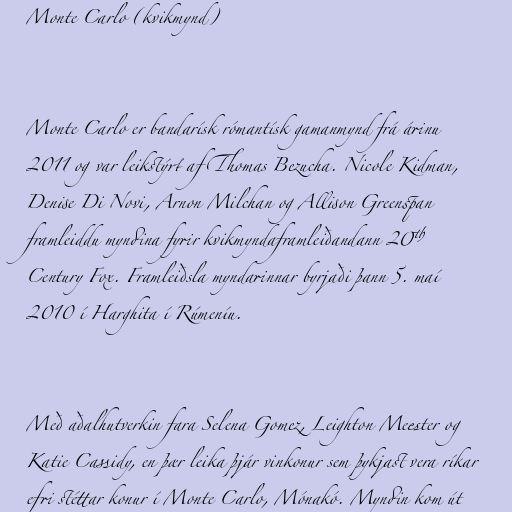
Monte Carlo (kvikmynd)

Monte Carlo er bandarísk rómantísk gamanmynd frá árinu
2011 og var leikstýrt af Thomas Bezucha. Nicole Kidman,
Denise Di Novi, Arnon Milchan og Allison Greenspan
framleiddu myndina fyrir kvikmyndaframleiðandann 20th
Century Fox. Framleiðsla myndarinnar byrjaði þann 5. maí
2010 í Harghita í Rúmeníu.

Með aðalhutverkin fara Selena Gomez, Leighton Meester og
Katie Cassidy, en þær leika þjár vinkonur sem þykjast vera ríkar
efri stéttar konur í Monte Carlo, Mónakó. Myndin kom út